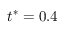
t ^ { * } = 0 . 4